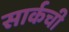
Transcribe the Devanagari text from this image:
सार्कची